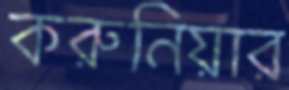
করুনিয়ার